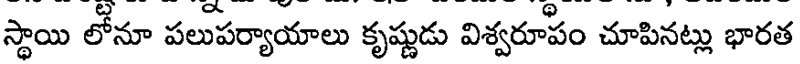
స్థాయి లోనూ పలుపర్యాయాలు కృష్ణుడు విశ్వరూపం చూపినట్లు భారత